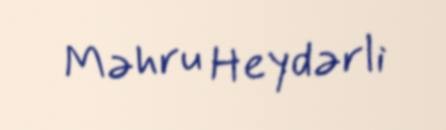
Məhru Heydərli